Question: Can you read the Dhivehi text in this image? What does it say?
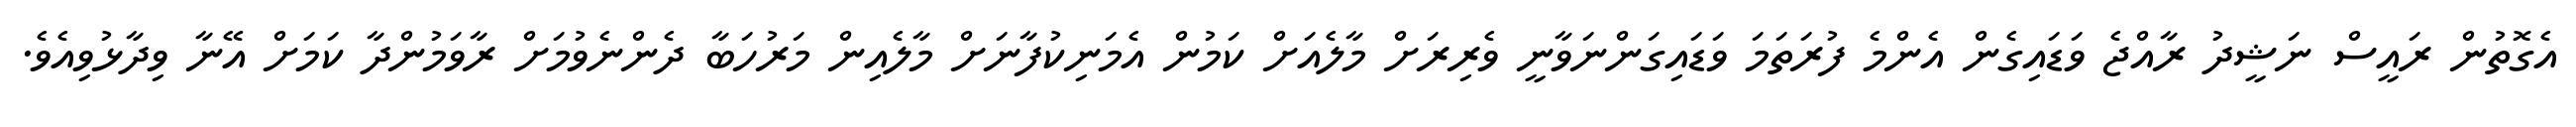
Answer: އެގޮތުން ރައީސް ނަޝީދު ރާއްޖެ ވަޑައިގެން އެންމެ ފުރަތަމަ ވަޑައިގަންނަވާނީ ވެރިރަށް މާލެއަށް ކަމުން އެމަނިކުފާނަށް މާލެއިން މަރުހަބާ ދެންނެވުމަށް ރާވަމުންދާ ކަމަށް އޭނާ ވިދާޅުވިއެވެ.